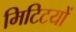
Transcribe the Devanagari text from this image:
मिटिटयों